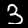
Label: 3